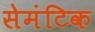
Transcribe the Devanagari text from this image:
सेमंटिक